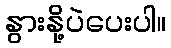
နွားနို့ပဲပေးပါ။